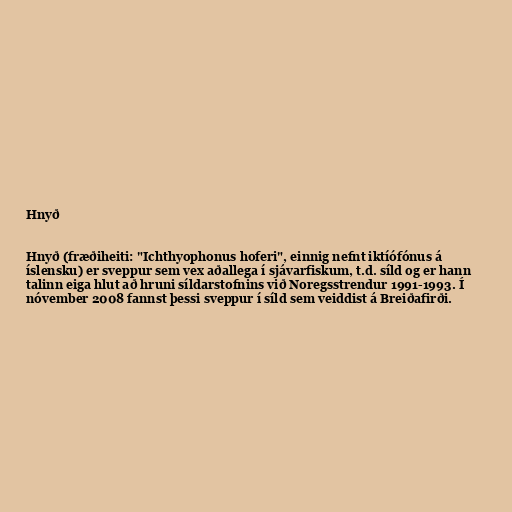
Hnyð

Hnyð (fræðiheiti: "Ichthyophonus hoferi", einnig nefnt iktíófónus á
íslensku) er sveppur sem vex aðallega í sjávarfiskum, t.d. síld og er hann
talinn eiga hlut að hruni síldarstofnins við Noregsstrendur 1991-1993. Í
nóvember 2008 fannst þessi sveppur í síld sem veiddist á Breiðafirði.